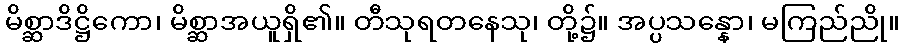
မိစ္ဆာဒိဋ္ဌိကော၊ မိစ္ဆာအယူရှိ၏။ တီသုရတနေသု၊ တို့၌။ အပ္ပသန္နော၊ မကြည်ညို။